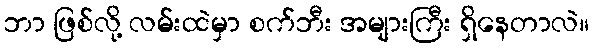
ဘာ ဖြစ်လို့ လမ်းထဲမှာ စက်ဘီး အများကြီး ရှိနေတာလဲ။